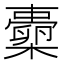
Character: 𱤦